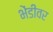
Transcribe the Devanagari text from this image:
भेंडीवर